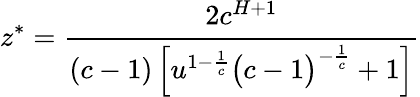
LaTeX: z^{*}=\cfrac{2c^{H+1}}{(c-1)\left[u^{1-\frac{1}{c}}\big(c-1\big)^{-\frac{1}{c}}+1\right]}